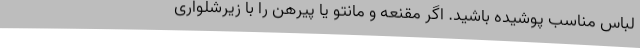
لباس مناسب پوشیده باشید. اگر مقنعه و مانتو یا پیرهن را با زیرشلواری